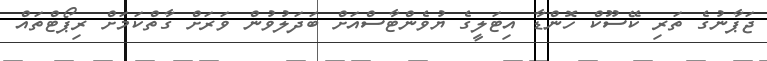
ޖަޕާނުގެ ތަރި ކޭސޫކް ހޮންޑާ އިޓަލީގެ ޔުވެންޓާސްއަށް ބަދަލުވުން ވަރަށް ގާތްކަމަށް ރިޕޯޓްތައް